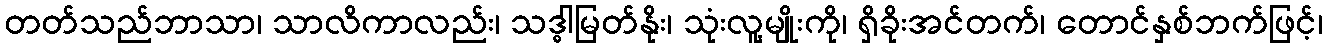
တတ်သည်ဘာသာ၊ သာလိကာလည်း၊ သဒ္ဓါမြတ်နိုး၊ သုံးလူ့မျိုးကို၊ ရှိခိုးအင်တက်၊ တောင်နှစ်ဘက်ဖြင့်၊